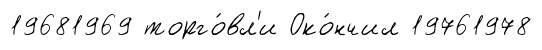
19681969 торго́вл'и Око́нчил 19761978